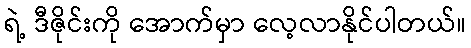
ရဲ့ ဒီဇိုင်းကို အောက်မှာ လေ့လာနိုင်ပါတယ်။